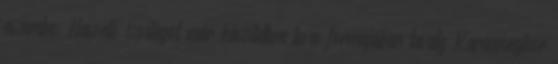
eszembe: Hasonló ízvilágot már készítettem leves formájában tavaly Karácsonykor